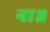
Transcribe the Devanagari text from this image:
ना॥